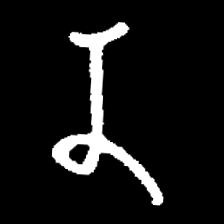
Pyu character \u2014 Myanmar letter: န (romanized: na)